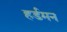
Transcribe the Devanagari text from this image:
हर्डमन